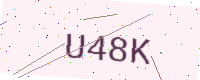
Text: U48K